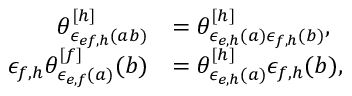
\begin{array} { r l } { \theta _ { \epsilon _ { e f , h } ( a b ) } ^ { [ h ] } } & { = \theta _ { \epsilon _ { e , h } ( a ) \epsilon _ { f , h } ( b ) } ^ { [ h ] } , } \\ { \epsilon _ { f , h } \theta _ { \epsilon _ { e , f } ( a ) } ^ { [ f ] } ( b ) } & { = \theta _ { \epsilon _ { e , h } ( a ) } ^ { [ h ] } \epsilon _ { f , h } ( b ) , } \end{array}